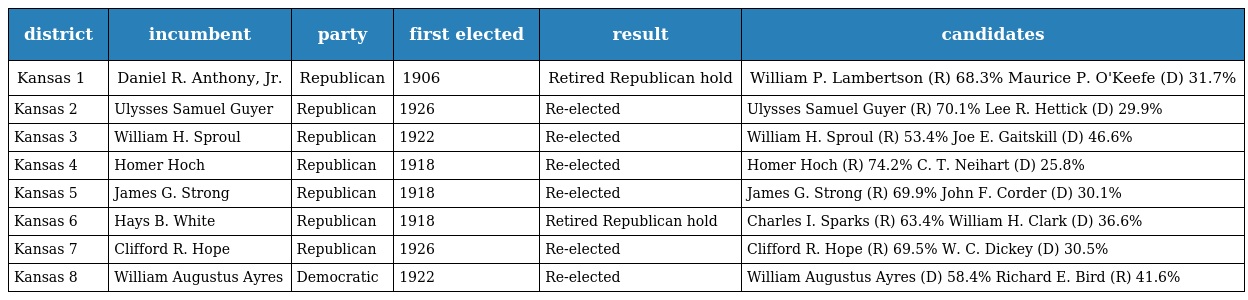
| district | incumbent | party | first elected | result | candidates |
 | --- | --- | --- | --- | --- | --- |
 | Kansas 1 | Daniel R. Anthony, Jr. | Republican | 1906 | Retired Republican hold | William P. Lambertson (R) 68.3% Maurice P. O'Keefe (D) 31.7% |
 | Kansas 2 | Ulysses Samuel Guyer | Republican | 1926 | Re-elected | Ulysses Samuel Guyer (R) 70.1% Lee R. Hettick (D) 29.9% |
 | Kansas 3 | William H. Sproul | Republican | 1922 | Re-elected | William H. Sproul (R) 53.4% Joe E. Gaitskill (D) 46.6% |
 | Kansas 4 | Homer Hoch | Republican | 1918 | Re-elected | Homer Hoch (R) 74.2% C. T. Neihart (D) 25.8% |
 | Kansas 5 | James G. Strong | Republican | 1918 | Re-elected | James G. Strong (R) 69.9% John F. Corder (D) 30.1% |
 | Kansas 6 | Hays B. White | Republican | 1918 | Retired Republican hold | Charles I. Sparks (R) 63.4% William H. Clark (D) 36.6% |
 | Kansas 7 | Clifford R. Hope | Republican | 1926 | Re-elected | Clifford R. Hope (R) 69.5% W. C. Dickey (D) 30.5% |
 | Kansas 8 | William Augustus Ayres | Democratic | 1922 | Re-elected | William Augustus Ayres (D) 58.4% Richard E. Bird (R) 41.6% |